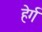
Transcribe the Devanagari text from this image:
हेर्ग